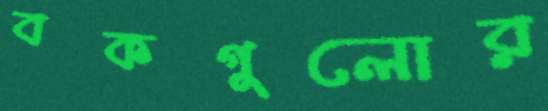
বকগুলোর